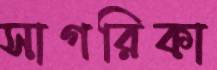
সাগরিকা